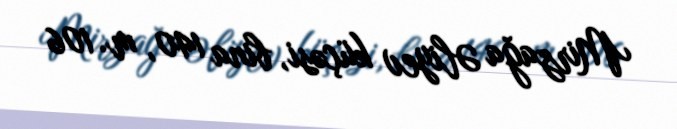
Mirzağa Əliyev küçəsi, bina 140, m. 106